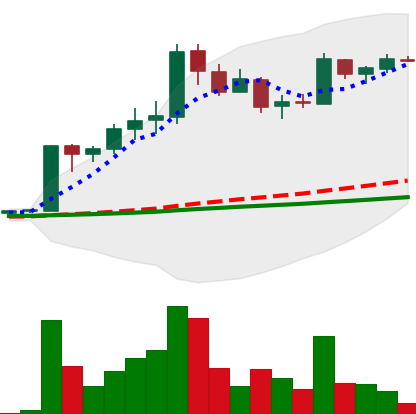
Ticker: LTC-USD
Chart end date: 2017-04-16
Forward return: 4.787%
Label: up_3_5